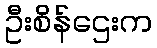
ဦးစိန်ဌေးက